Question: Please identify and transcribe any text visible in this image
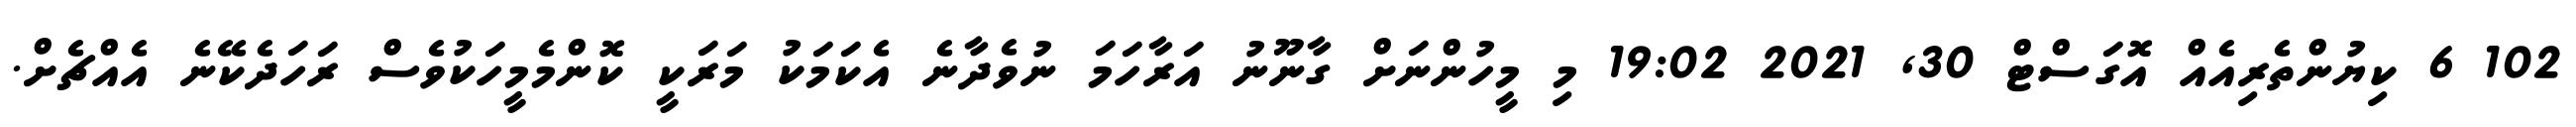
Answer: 102 6 ކިޔުންތެރިއެއް އޮގަސްޓް 30, 2021 19:02 މި މީހުންނަށް ގާނޫނު އަރާހަމަ ނުވެދާނެ އެކަމަކު މަރަކީ ކޮންމެމީހަކުވެސް ރަހަދެކޭނެ އެއްޗެށް.